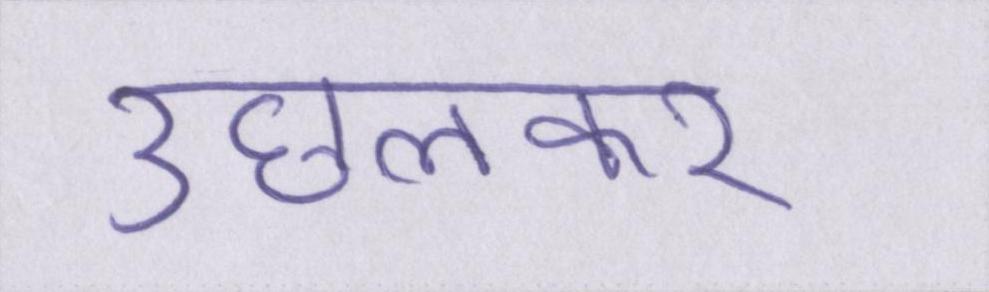
उछलकर